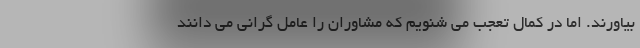
بیاورند. اما در کمال تعجب می شنویم که مشاوران را عامل گرانی می دانند